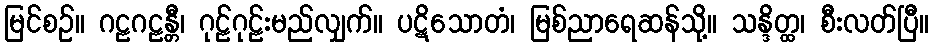
မြင်စဉ်။ ဂဠဂဠန္တီ၊ ဂုဠ်ဂုဠ်းမည်လျှက်။ ပဋိသောတံ၊ မြစ်ညာရေဆန်သို့။ သန္ဒိတ္ထ၊ စီးလတ်ပြီ။